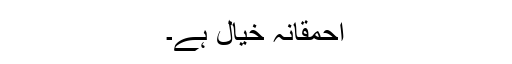
احمقانہ خیال ہے۔